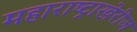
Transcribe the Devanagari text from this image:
महाराष्ट्राखेरीज